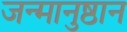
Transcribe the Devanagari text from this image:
जन्मानुष्ठान